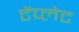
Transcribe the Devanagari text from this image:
टेंप्लेट